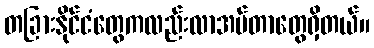
တခြားနိုင်ငံတွေကလည်းလာအပ်တာတွေရှိတယ်။